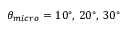
\theta _ { m i c r o } = 1 0 ^ { \circ } , \, 2 0 ^ { \circ } , \, 3 0 ^ { \circ }